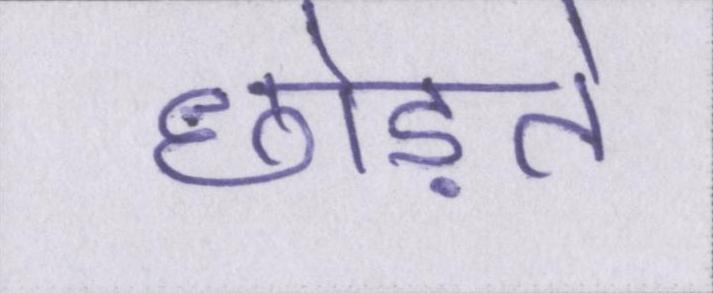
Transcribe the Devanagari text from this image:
छोड़ते